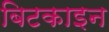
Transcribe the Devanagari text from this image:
बिटकाइन